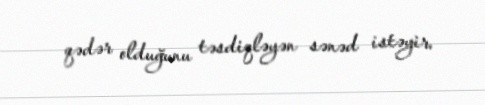
qədər olduğunu təsdiqləyən sənəd istəyir.